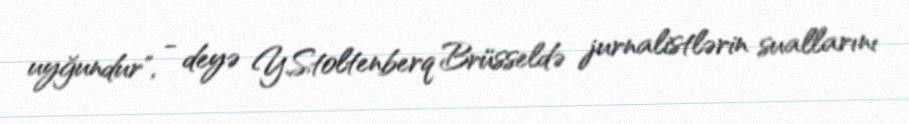
uyğundur", - deyə Y.Stoltenberq Brüsseldə jurnalistlərin suallarını